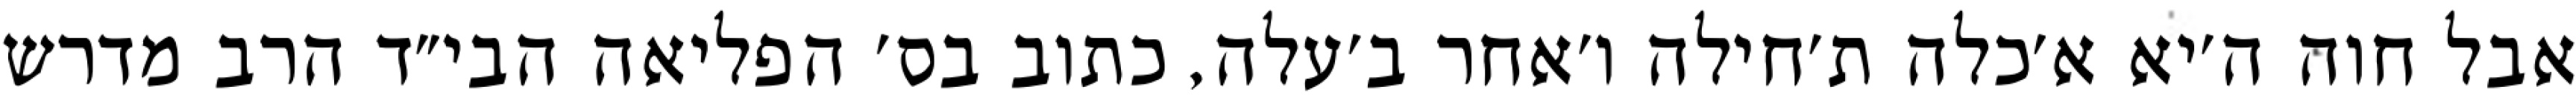
אבל חוה ה׳יא א׳כלה ת׳חילה ו׳אחר ב׳עלה, כתוב בס׳ הפליאה הבי״ד הרב מדרש